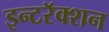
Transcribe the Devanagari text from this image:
इन्टरॅक्शन